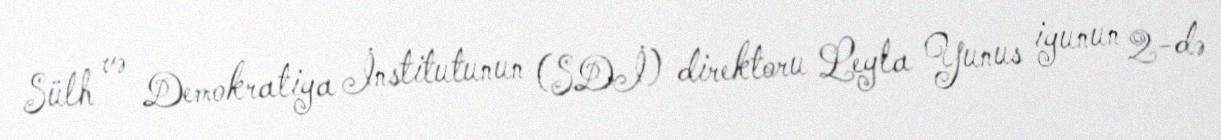
Sülh və Demokratiya İnstitutunun (SDİ) direktoru Leyla Yunus iyunun 2-də